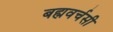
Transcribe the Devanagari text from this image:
बह्मवर्चसी